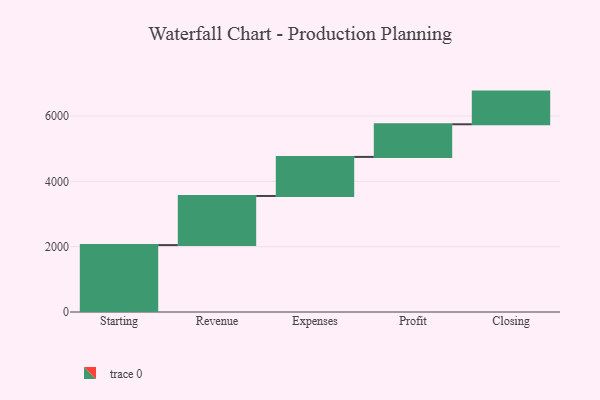
{"axis": {"x": "Step", "y": "Value"}, "legend": [""], "data": [{"x": "Starting", "y": 2049.0, "type": ""}, {"x": "Revenue", "y": 1504.0, "type": ""}, {"x": "Expenses", "y": 1196.0, "type": ""}, {"x": "Profit", "y": 1000, "type": ""}, {"x": "Closing", "y": 1000, "type": ""}]}